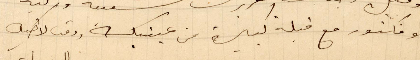
وفكتوريا مع قبلة كبيرة من عينيك ودمت لاخيك